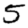
Digit: 5